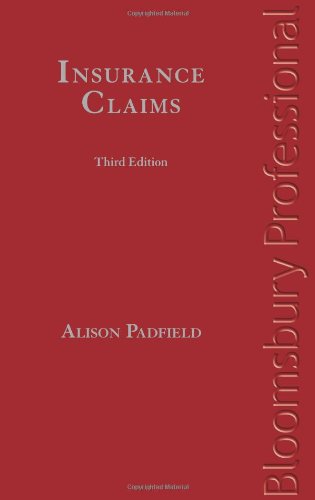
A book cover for Insurance Claims: Third Edition; Alison Padfield; Business & Money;